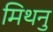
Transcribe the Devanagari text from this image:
मिथनु